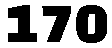
170